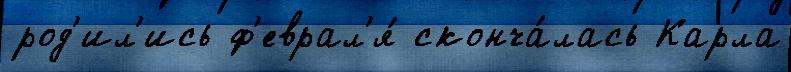
род'ил'ись ф'еврал'я́ сконча́лась Карла